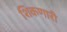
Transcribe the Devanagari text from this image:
शिकणारी